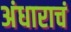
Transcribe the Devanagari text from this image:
अंधाराचं